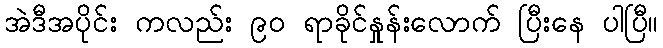
အဲဒီအပိုင်း ကလည်း ၉၀ ရာခိုင်နှုန်းလောက် ပြီးနေ ပါပြီ။